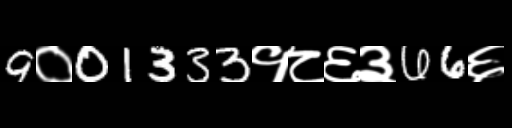
Text: 9०01333१८६३66६